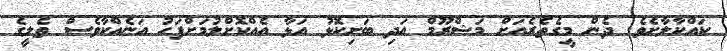
ކައްކާލާށެވެ. ދެން މީގެތެރެއަށް މަޝްރޫމް އަދި ބަށިކޮޅު އަޅާ އެއްކޮށްލުމަށްފަހު އަނެއްކާވެސް ތެލީގެ